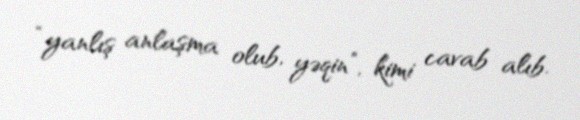
“yanlış anlaşma olub, yəqin”, kimi cavab alıb.